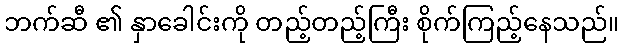
ဘက်ဆီ ၏ နှာခေါင်းကို တည့်တည့်ကြီး စိုက်ကြည့်နေသည်။